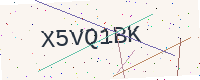
Text: X5VQ1BK